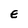
Character: E